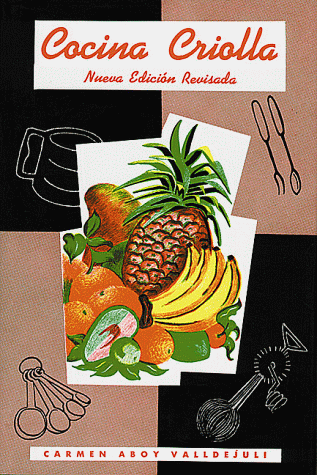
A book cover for Cocina criolla; Carmen Valldejuli; Cookbooks, Food & Wine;